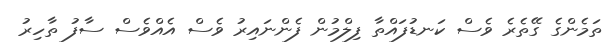
ތަމެންގެ ގޭތެރެ ވެސް ކަނޑުފައްތާ ފިލްމުން ފެންނައިރު ވެސް އެއްވެސް ސާފު ތާހިރު